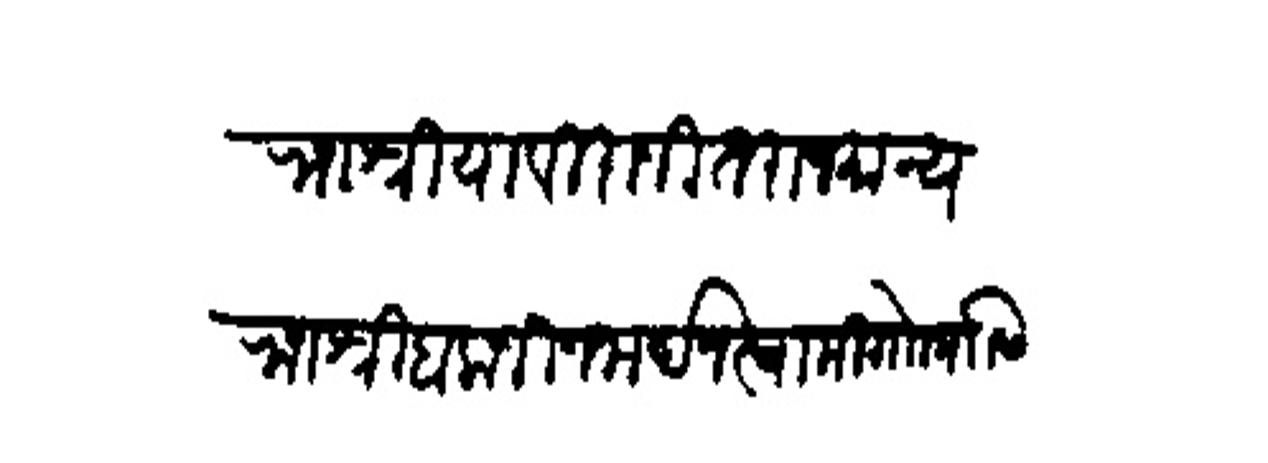
Transliteration (Devanagari): राजश्रिया विराजित राजमान्य राजश्री बालाजी जनार्दन स्वामी गोा यांसी